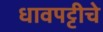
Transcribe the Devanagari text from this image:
धावपट्टीचे